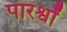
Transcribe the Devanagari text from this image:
पारर्श्वों